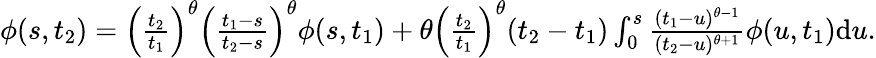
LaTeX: \begin{array}{r}{\phi(s,t_{2})=\left(\frac{t_{2}}{t_{1}}\right)^{\theta}\left(\frac{t_{1}-s}{t_{2}-s}\right)^{\theta}\phi(s,t_{1})+\theta\left(\frac{t_{2}}{t_{1}}\right)^{\theta}(t_{2}-t_{1})\int_{0}^{s}\frac{(t_{1}-u)^{\theta-1}}{(t_{2}-u)^{\theta+1}}\phi(u,t_{1})\mathrm{d}u.}\end{array}